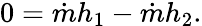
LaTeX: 0={\dot{m}}h_{1}-{\dot{m}}h_{2}.